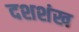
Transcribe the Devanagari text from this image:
दशशंख